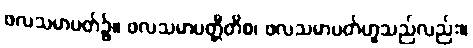
ဖလသမာပတ်၌။ ဖလသမာပတ္တီတိစ၊ ဖလသမာပတ်ဟူသည်လည်း။